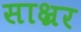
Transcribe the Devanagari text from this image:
साक्ष्रर